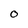
Character: O